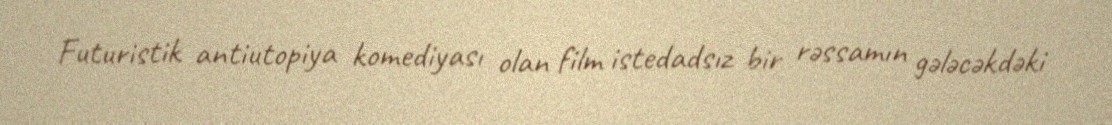
Futuristik antiutopiya komediyası olan film istedadsız bir rəssamın gələcəkdəki